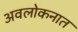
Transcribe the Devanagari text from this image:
अवलोकनात